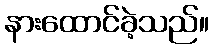
နားထောင်ခဲ့သည်။